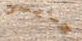
جايسن